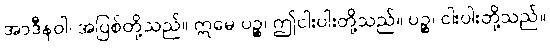
အာဒီနဝါ၊ အပြစ်တို့သည်။ ဣမေ ပဉ္စ၊ ဤငါးပါးတို့သည်။ ပဉ္စ၊ ငါးပါးတို့သည်။